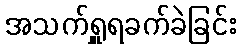
အသက်ရှူရခက်ခဲခြင်း